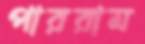
পাররাম